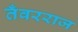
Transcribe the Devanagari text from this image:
तँवरराज